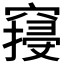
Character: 𱷓